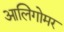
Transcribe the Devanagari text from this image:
आलिगोमर